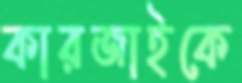
কারজাইকে